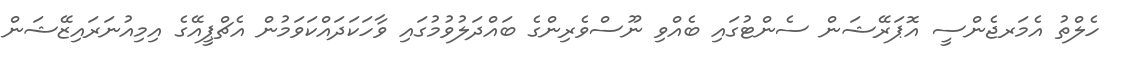
ހެލްތު އެމަރޖެންސީ އޮޕަރޭޝަން ސެންޓުގައި ބެއްވި ނޫސްވެރިންގެ ބައްދަލުވުމުގައި ވާހަކަދައްކަވަމުން އެޗްޕީއޭގެ އިމިއުނަރައިޒޭޝަން